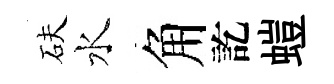
砆水角訖螘